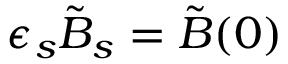
\epsilon _ { s } \tilde { B } _ { s } = \tilde { B } ( 0 )